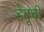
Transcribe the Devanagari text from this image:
डेबूची